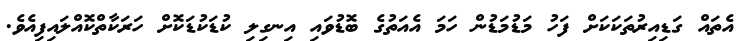
އެތައް ގަޑިއިރުތަކަކަށް ފަހު މަޑުމަޑުން ހަމަ އެއަތުގެ ބޮޑުވައި އިނގިލި ކުޑަކުޑަކޮށް ހަރަކާތްކޮއްލައިފިއެވެ.